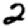
Digit: 2